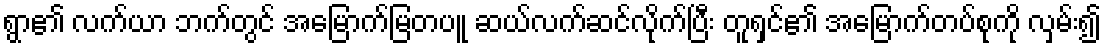
ရွာ၏ လက်ယာ ဘက်တွင် အမြောက်မြတပူ ဆယ်လက်ဆင်လိုက်ပြီး တူရှင်၏ အမြောက်တပ်စုကို လှမ်း၍